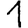
Digit: 1